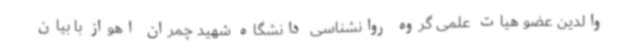
والدین عضو هیات علمی گروه روانشناسی دانشگاه شهید چمران اهواز با بیان